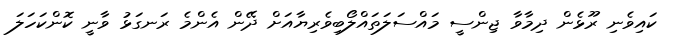
ކައިވެނި ރޫޅެން ދިމާވާ ޖިންސީ މައްސަލަތައްލޯބިވެރިޔާއަށް ދޭން އެންމެ ރަނގަޅު ވާނީ ކޮންކަހަލަ